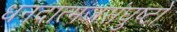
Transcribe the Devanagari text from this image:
धनदात्मजसंघुष्टो